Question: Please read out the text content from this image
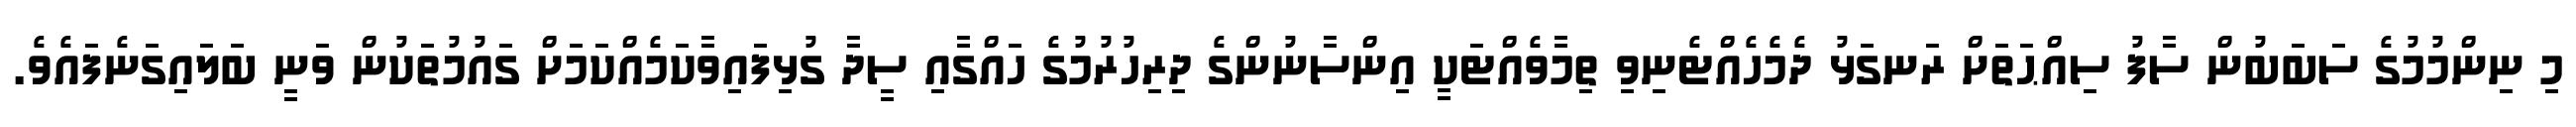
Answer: މި ނިންމުމުގެ ސަބަބުން ސާފު ސިއްޙަތަށް ރަނގަޅު ދެމެހެއްޓެނިވި ތިމާވެއްޓަކީ އިންސާނުންގެ ދިރިހުރުމުގެ ހައްގާއި ސީދާ ގުޅިފައިވާކަމެއްކަމަށް ގައުމުތަކުން ވަނީ ބަލައިގަނެފައެވެ.